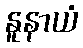
နူနာယံ